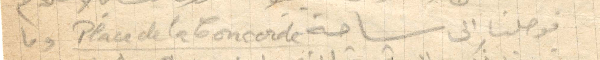
فوصلنا الى ساحة Place de la Concorde وما